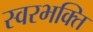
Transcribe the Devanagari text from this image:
स्वरभक्ति